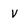
Character: V